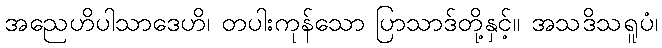
အညေဟိပါသာဒေဟိ၊ တပါးကုန်သော ပြာသာဒ်တို့နှင့်။ အသဒိသရူပံ၊